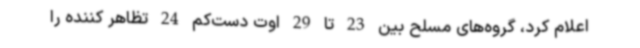
اعلام کرد، گروه‌های مسلح بین 23 تا 29 اوت دست‌کم 24 تظاهر کننده را